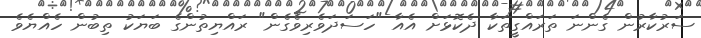
ސަރުކާރުން ގެންނަ ތަރައްގީތަކާ ދެކޮޅަށް އެއާ "ހަސަދަވެރިވެގެން" ރައްޔިތުންގެ ބަޔަކު ތިބުން ހެއްޔެވެ